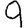
Digit: 9